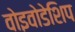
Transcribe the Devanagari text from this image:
वोइवोडेशिप